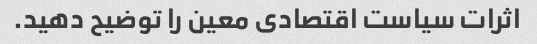
اثرات سیاست اقتصادی معین را توضیح دهید.